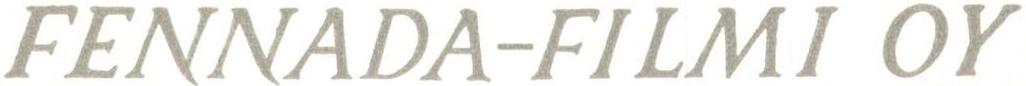
FENNADA-FILMI OY